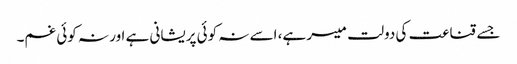
جسے قناعت کی دولت میسر ہے، اسے نہ کوئی پریشانی ہے اور نہ کوئی غم۔